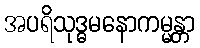
အပရိသုဒ္ဓမနောကမ္မန္တာ